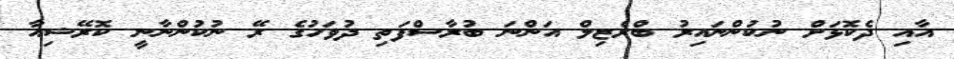
އާއި ދެކޮޅަށް ނުކުންނައިރު ބްރެޒިލް އަންނަ ބުރާސްފަތި ދުވަހުގެ ރޭ ނުކުންނާނީ ކޮރޭޝިއާ